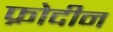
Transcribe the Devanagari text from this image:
फ्रोदीन